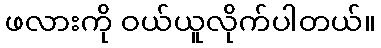
ဖလားကို ဝယ်ယူလိုက်ပါတယ်။